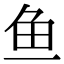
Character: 鱼